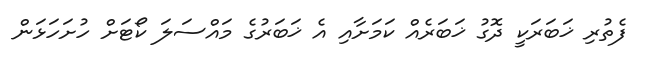
ފެތުރި ޚަބަރަކީ ދޮގު ޚަބަރެއް ކަމަށާއި އެ ޚަބަރުގެ މައްސަލަ ކޯޓަށް ހުށަހަޅަން